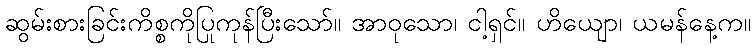
ဆွမ်းစားခြင်းကိစ္စကိုပြုကုန်ပြီးသော်။ အာဝုသော၊ ငါ့ရှင်။ ဟိယျော၊ ယမန်နေ့က။